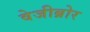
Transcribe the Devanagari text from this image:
वेजीब्रोर